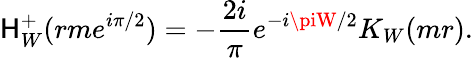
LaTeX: \mathsf{H}_{W}^{+}(rme^{i\pi/2})=-\frac{{2i}}{{\pi}}e^{-i\piW/2}K_{W}(mr).